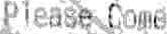
PLEASE COME AGAIN